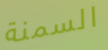
السمنة